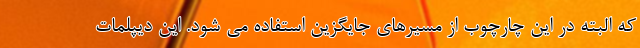
که البته در این چارچوب از مسیرهای جایگزین استفاده می شود. این دیپلمات